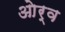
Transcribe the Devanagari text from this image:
ओर्व